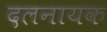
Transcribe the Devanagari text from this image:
दलनायक